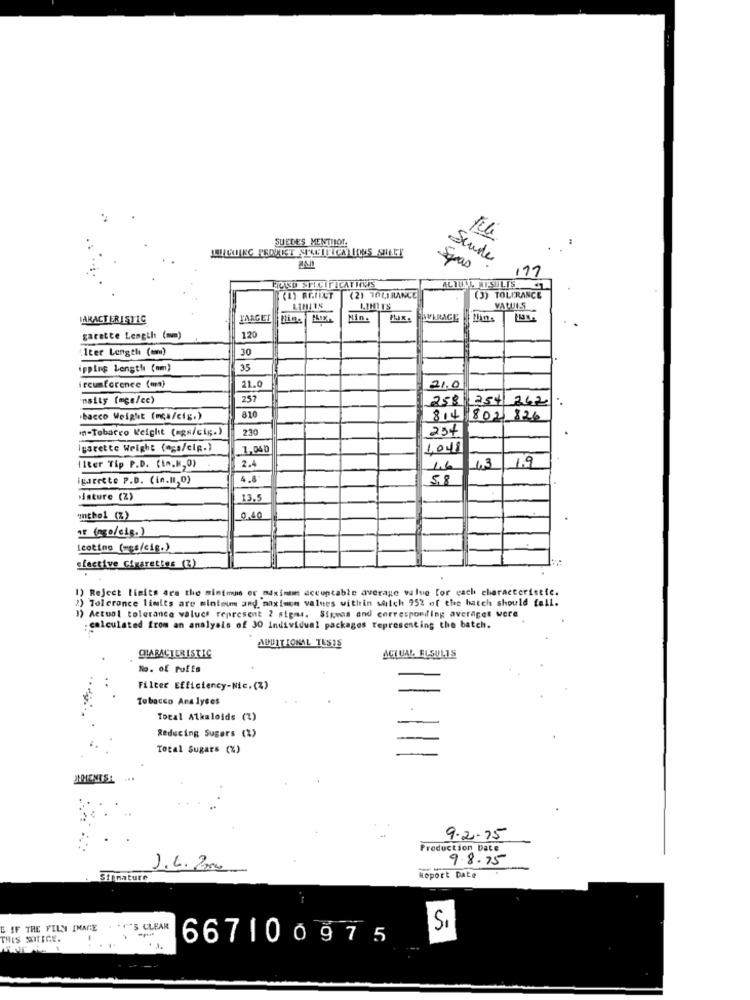
SUEDES MENTIIOT.
Sende
197
HUISD SPECIFICATIONS
ACTUAL ISTLIS
(2) TOLERANCE
(3) TOLERANCE
LIMITS
VALUES
IARACTERISTIC
L'ARGET
AVERAGE
garette Length (mm)
120
:Iter Length (om)
30
ipping Length (am)
35
21.0
ircumforence (ma)
21.0
"maity (mcs/cc)
257
258 254 242
810
bacco Weight (mca/cig.)
814 802 826
m-Tobacco Weight (ngs/cig.)
230
23+
igarette Wright (ngs/cip.)
1.040
1,048
2.4
19
liter Tip P.D. (In.8,0)
1.6
1.3
igrette P.D. (in.MI, 0)
4.8
58
Nature (%)
13,5
othel (%)
0,40
if (nge/cig.)
Icoting (wss/cig.)
sfective Cigarettes (3)
1) Reject limits ars the minimis or maximum dccuptable average value for each characteristic.
) Tolerance limits are mintoun and maximen values within which 952 of the hatch should fall.
Actual tolerance values represent 2 sigmas. Sirvas and corresponding averages were
: calculated from an analysis of 30 individual packages representing the batch.
ADDITIONAL TESTS
CHARACTERISTIC
ACTUAL ELSULIS
No. of Puffs
Filter Efficiency-Nic. (%)
Tobacco Analyses
Tocal Alkaloids (%)
Reducing Sugars (%)
Total Sugars (%)
NENTS
9.2.75
Production Date
9.8.75
J. L.200
Stenature
Meport Date
E IF THE FILM INANIE
IS CLEAR
Si
THIS SOTIGE.
667100975